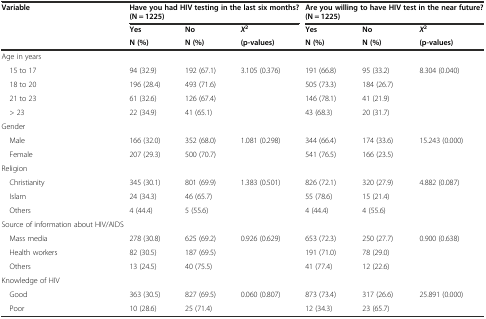
<table><thead><tr><td><b>Variable</b></td><td colspan="3"><b>Have you had HIV testing in the last six months? (N = 1225)</b></td><td colspan="3"><b>Are you willing to have HIV test in the near future? (N = 1225)</b></td></tr><tr><td></td><td><b>Yes</b></td><td><b>No</b></td><td><b><i>X</i><sup>2</sup></b></td><td><b>Yes</b></td><td><b>No</b></td><td><b><i>X</i><sup>2</sup></b></td></tr><tr><td></td><td><b>N (%)</b></td><td><b>N (%)</b></td><td><b>(p-values)</b></td><td><b>N (%)</b></td><td><b>N (%)</b></td><td><b>(p-values)</b></td></tr></thead><tbody><tr><td>Age in years</td><td></td><td></td><td></td><td></td><td></td><td></td></tr><tr><td> 15 to 17</td><td>94 (32.9)</td><td>192 (67.1)</td><td>3.105 (0.376)</td><td>191 (66.8)</td><td>95 (33.2)</td><td>8.304 (0.040)</td></tr><tr><td> 18 to 20</td><td>196 (28.4)</td><td>493 (71.6)</td><td></td><td>505 (73.3)</td><td>184 (26.7)</td><td></td></tr><tr><td> 21 to 23</td><td>61 (32.6)</td><td>126 (67.4)</td><td></td><td>146 (78.1)</td><td>41 (21.9)</td><td></td></tr><tr><td> &gt; 23</td><td>22 (34.9)</td><td>41 (65.1)</td><td></td><td>43 (68.3)</td><td>20 (31.7)</td><td></td></tr><tr><td>Gender</td><td></td><td></td><td></td><td></td><td></td><td></td></tr><tr><td> Male</td><td>166 (32.0)</td><td>352 (68.0)</td><td>1.081 (0.298)</td><td>344 (66.4)</td><td>174 (33.6)</td><td>15.243 (0.000)</td></tr><tr><td> Female</td><td>207 (29.3)</td><td>500 (70.7)</td><td></td><td>541 (76.5)</td><td>166 (23.5)</td><td></td></tr><tr><td>Religion</td><td></td><td></td><td></td><td></td><td></td><td></td></tr><tr><td> Christianity</td><td>345 (30.1)</td><td>801 (69.9)</td><td>1.383 (0.501)</td><td>826 (72.1)</td><td>320 (27.9)</td><td>4.882 (0.087)</td></tr><tr><td> Islam</td><td>24 (34.3)</td><td>46 (65.7)</td><td></td><td>55 (78.6)</td><td>15 (21.4)</td><td></td></tr><tr><td> Others</td><td>4 (44.4)</td><td>5 (55.6)</td><td></td><td>4 (44.4)</td><td>4 (55.6)</td><td></td></tr><tr><td>Source of information about HIV/AIDS</td><td></td><td></td><td></td><td></td><td></td><td></td></tr><tr><td> Mass media</td><td>278 (30.8)</td><td>625 (69.2)</td><td>0.926 (0.629)</td><td>653 (72.3)</td><td>250 (27.7)</td><td>0.900 (0.638)</td></tr><tr><td> Health workers</td><td>82 (30.5)</td><td>187 (69.5)</td><td></td><td>191 (71.0)</td><td>78 (29.0)</td><td></td></tr><tr><td> Others</td><td>13 (24.5)</td><td>40 (75.5)</td><td></td><td>41 (77.4)</td><td>12 (22.6)</td><td></td></tr><tr><td>Knowledge of HIV</td><td></td><td></td><td></td><td></td><td></td><td></td></tr><tr><td> Good</td><td>363 (30.5)</td><td>827 (69.5)</td><td>0.060 (0.807)</td><td>873 (73.4)</td><td>317 (26.6)</td><td>25.891 (0.000)</td></tr><tr><td> Poor</td><td>10 (28.6)</td><td>25 (71.4)</td><td></td><td>12 (34.3)</td><td>23 (65.7)</td><td></td></tr></tbody></table>